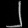
Digit: ၂